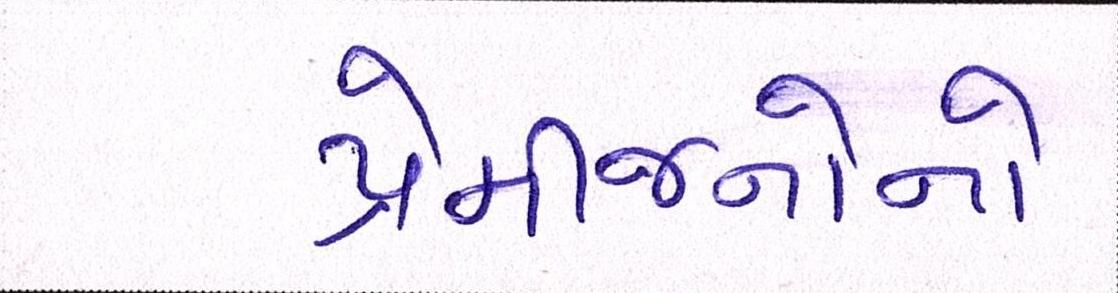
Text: પ્રેમીજનોનો